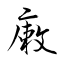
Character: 瘷